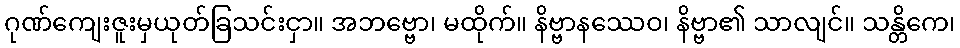
ဂုဏ်ကျေးဇူးမှယုတ်ခြသင်းငှာ။ အဘဗ္ဗော၊ မထိုက်။ နိဗ္ဗာနဿေဝ၊ နိဗ္ဗာ၏ သာလျင်။ သန္တိကေ၊